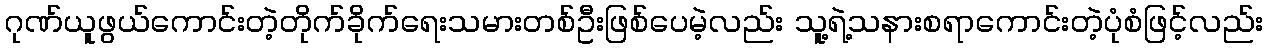
ဂုဏ်ယူဖွယ်ကောင်းတဲ့တိုက်ခိုက်ရေးသမားတစ်ဦးဖြစ်ပေမဲ့လည်း သူ့ရဲ့သနားစရာကောင်းတဲ့ပုံစံဖြင့်လည်း